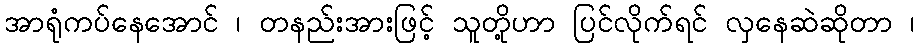
အာရုံကပ်နေအောင် ၊ တနည်းအားဖြင့် သူတို့ဟာ ပြင်လိုက်ရင် လှနေဆဲဆိုတာ ၊